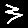
Digit: 3